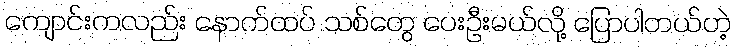
ကျောင်းကလည်း နောက်ထပ် သစ်တွေ ပေးဦးမယ်လို့ ပြောပါတယ်ဟဲ့